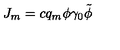
J _ { m } = c q _ { m } \phi \gamma _ { 0 } \tilde { \phi } \,